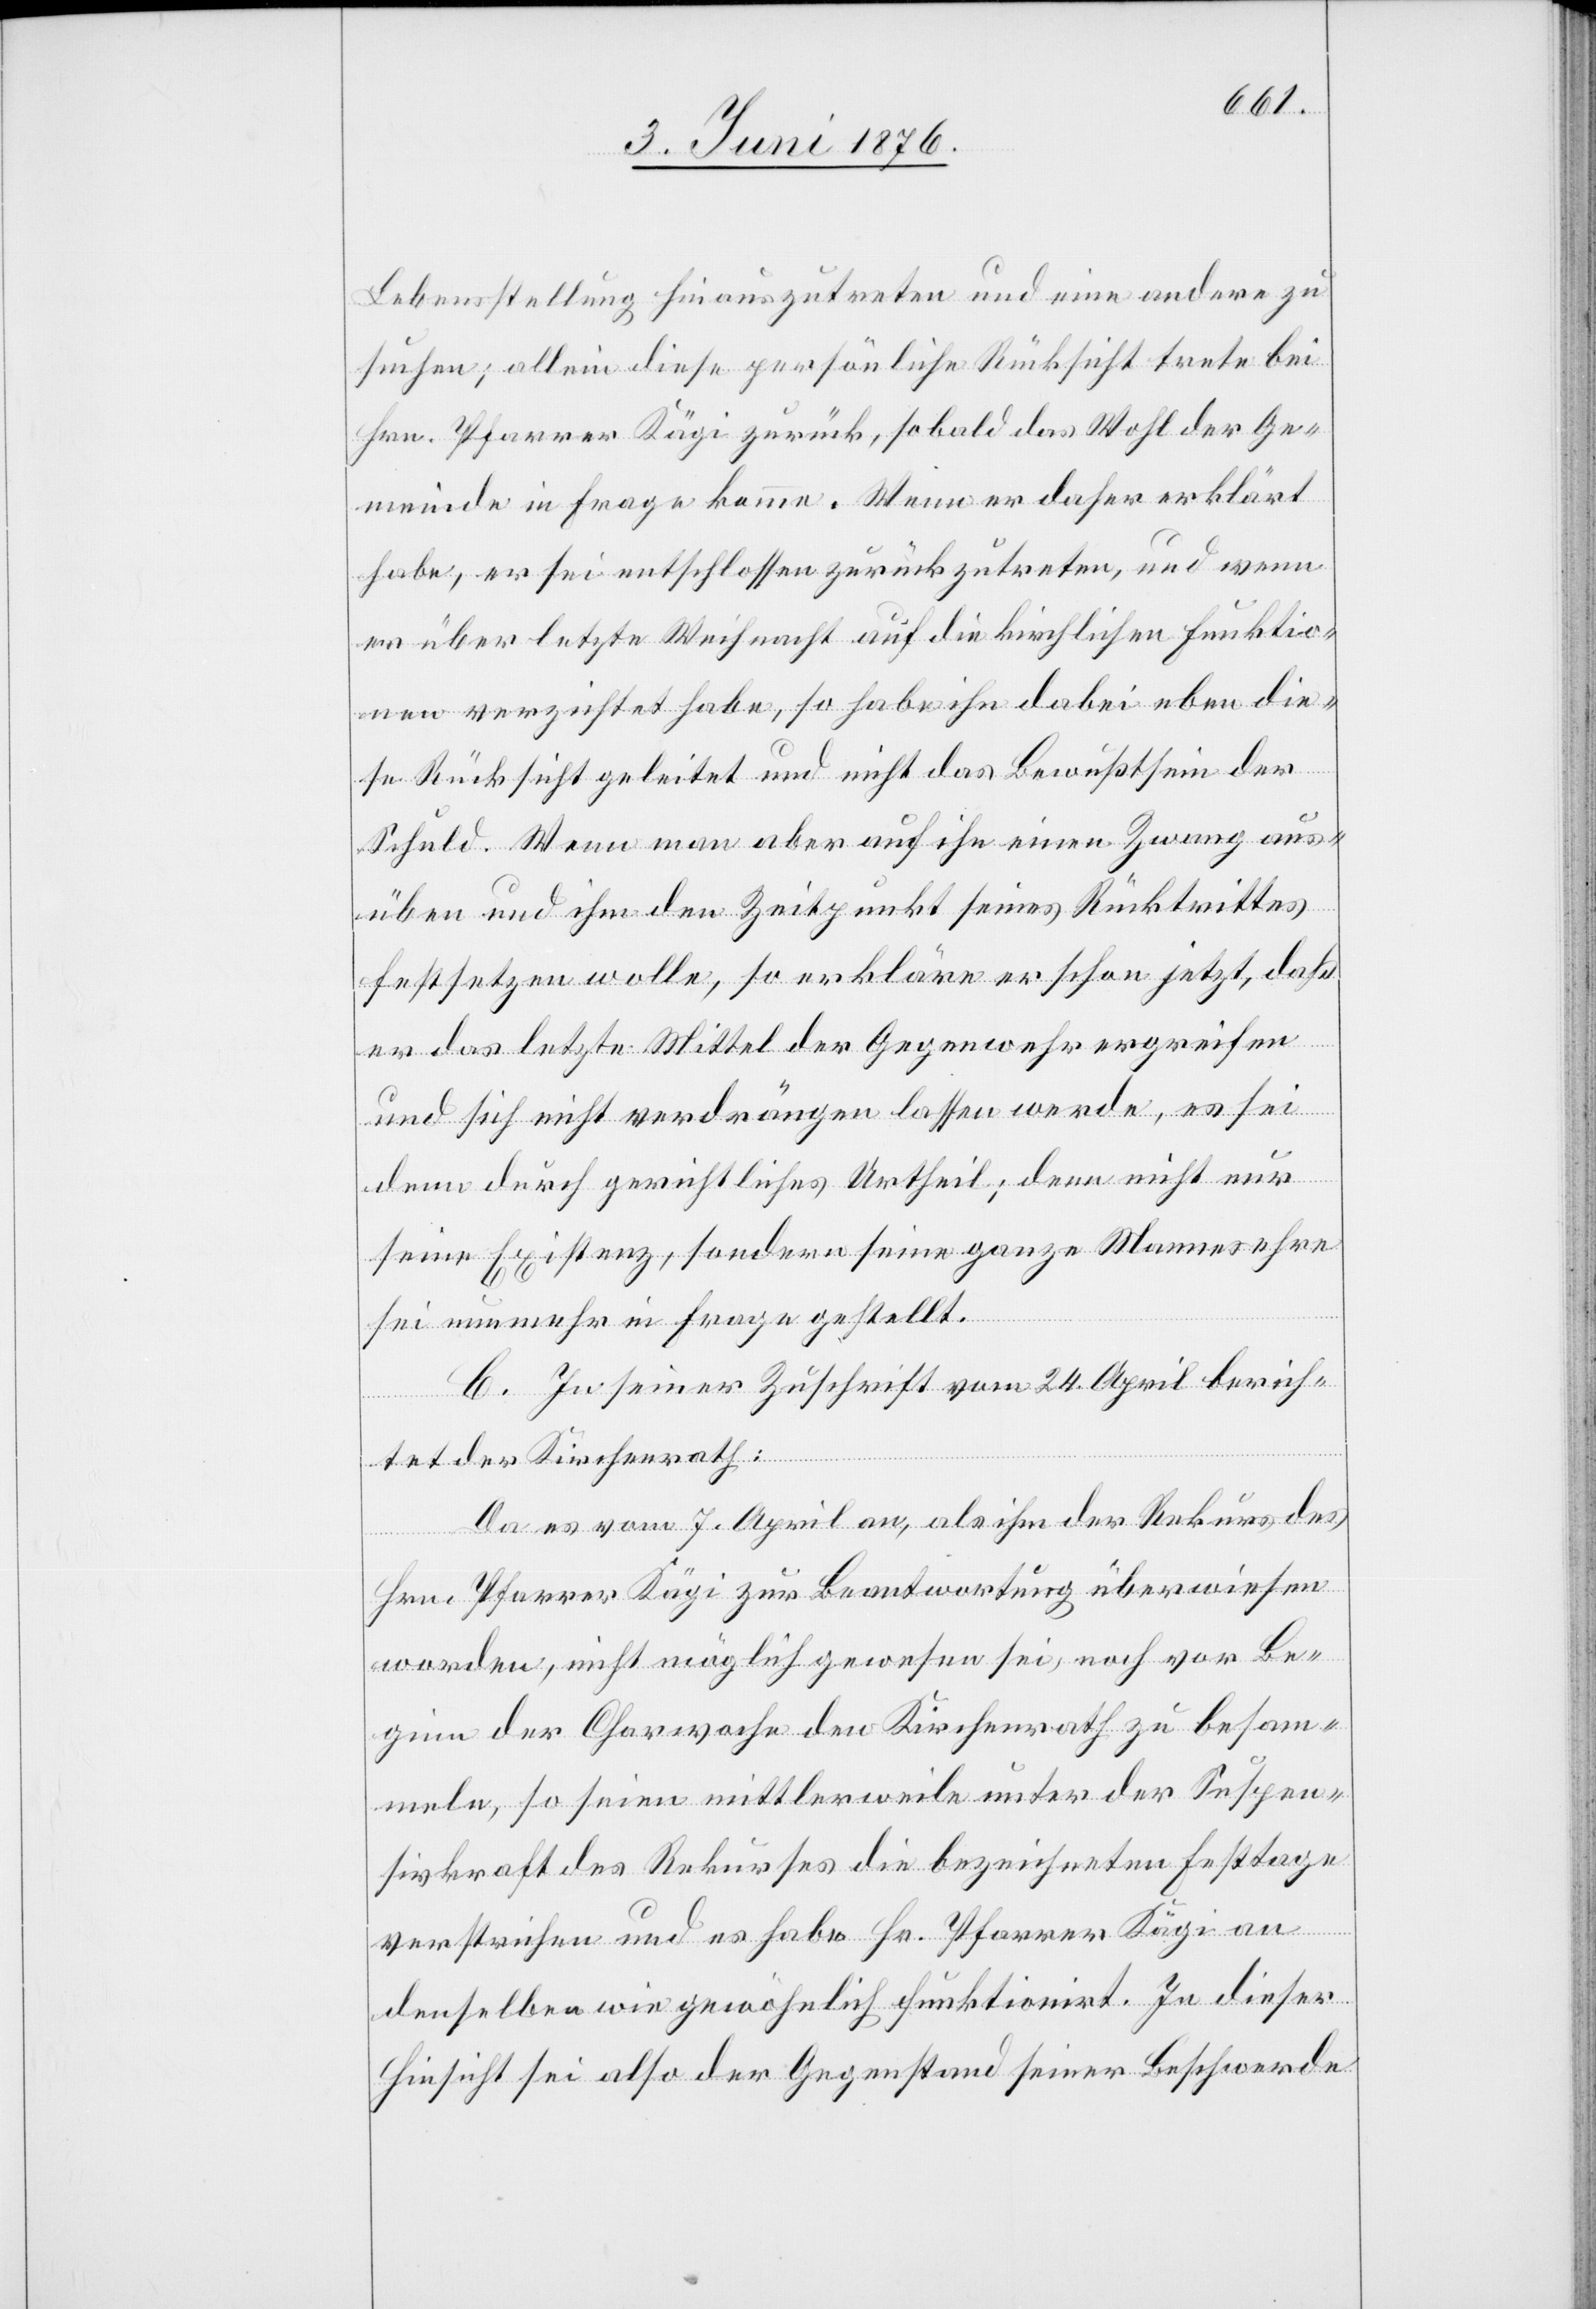
Lebensstellung hinauszutreten und eine andere zu
suchen; allein diese persönliche Rücksicht trete bei
Hrn. Pfarrer Kägi zurück, sobald das Wohl der Ge¬
meinde in Frage komme. Wenn er daher erklärt
habe, er sei entschlossen zurückzutreten, und wenn
er über letzte Weihnacht auf die kirchlichen Funktio¬
nen verzichtet habe, so habe ihn dabei eben die¬
se Rücksicht geleitet und nicht das Bewußtsein der
Schuld. Wenn man aber auf ihn einen Zwang aus¬
üben und ihm den Zeitpunkt seines Rücktrittes
festsetzen wolle, so erkläre er schon jetzt, daß
er das letzte Mittel der Gegenwehr ergreifen
und sich nicht verdrängen lassen werde, es sei
denn durch gerichtliches Urtheil; denn nicht nur
seine Existenz, sondern seine ganze Mannesehre
sei nunmehr in Frage gestellt.
C. In seiner Zuschrift vom 24. April berich¬
tet der Kirchenrath:
Da es vom 7. April an, als ihm der Rekurs des
Hrn. Pfarrer Kägi zur Beantwortung überwiesen
worden, nicht möglich gewesen sei, noch vor Be¬
ginn der Chorwache den Kirchenrath zu besam¬
meln, so seien mittlerweile unter der Suspen¬
sivkraft des Rekurses die bezeichneten Festtage
verstrichen und es habe Hr. Pfarrer Kägi an
denselben wie gewöhnlich funktionirt. In dieser
Hinsicht sei also der Gegenstand seiner Beschwerde